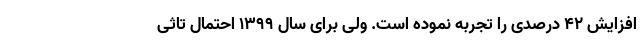
افزایش 42 درصدی را تجربه نموده است. ولی برای سال 1399 احتمال تاثی